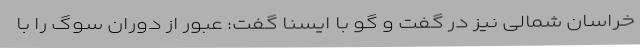
خراسان شمالی نیز در گفت و گو با ایسنا گفت: عبور از دوران سوگ را با